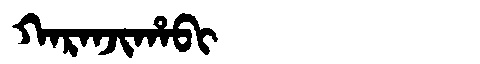
Manchu: ᡴᠠᡵᠠᠨᠵᡳᡥᠠᠪᡳ
Romanization: KARANJIHABI